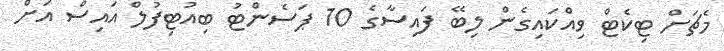
މެޗަށް ޓިކެޓް ވިއްކައިގެން ލިބޭ ފައިސާގެ 10 ޕަސެންޓު ބިއުޓިފުލް އައިސް އަށް